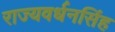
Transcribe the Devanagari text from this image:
राज्यवर्धनसिंह